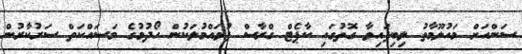
ސަންއަށް މައުލޫމާތު ލިބިފައިވާ ގޮތުގައި ކާޕެޓް ގްރާސް ފުވައްމުލަކުން ހޯދުމުގެ މަސައްކަތް ސަރުކާރުން